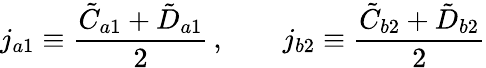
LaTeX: j_{a1}\equiv\frac{\tilde{C}_{a1}+\tilde{D}_{a1}}{2}\, ,\qquad j_{b2}\equiv\frac{\tilde{C}_{b2}+\tilde{D}_{b2}}{2}